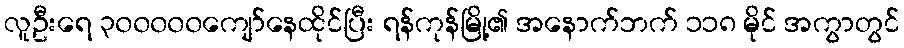
လူဦးရေ ၃၀၀၀၀၀ကျော်နေထိုင်ပြီး ရန်ကုန်မြို့၏ အနောက်ဘက် ၁၁၈ မိုင် အကွာတွင်